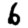
Digit: 6